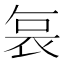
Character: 𭈆